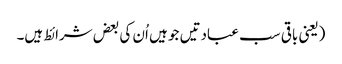
(یعنی باقی سب عبادتیں جو ہیں اُن کی بعض شرائط ہیں۔